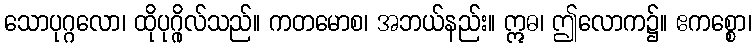
သောပုဂ္ဂလော၊ ထိုပုဂ္ဂိုလ်သည်။ ကတမောစ၊ အဘယ်နည်း။ ဣဓ၊ ဤလောက၌။ ဧကစ္စော၊